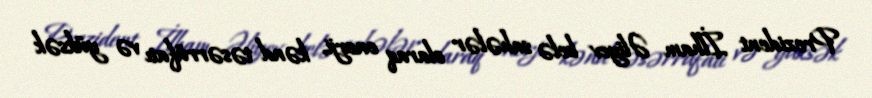
Prezident İlham Əliyev belə sahələr olaraq enerji, kənd təsərrüfatı və yüksək